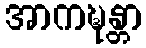
အာကဍ္ဎန္တာ